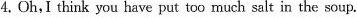
4.Oh，I think you have put too much salt in the soup.